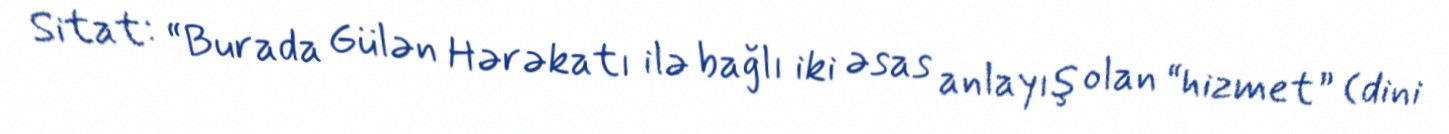
Sitat: “Burada Gülən Hərəkatı ilə bağlı iki əsas anlayış olan “hizmet” (dini